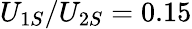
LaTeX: U_{1S}/U_{2S}=0.15